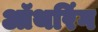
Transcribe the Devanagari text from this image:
ऑथरिंग